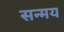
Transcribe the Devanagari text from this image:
सन्मय